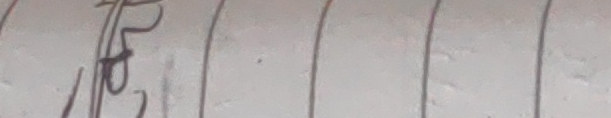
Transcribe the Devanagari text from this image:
१६/२